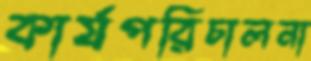
কার্যপরিচালনা